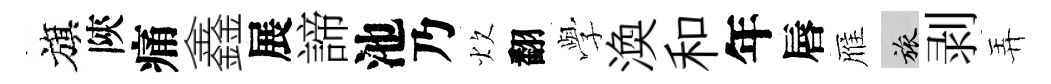
旗陝痛鑫展諦池乃炊翻𫝯渙和年唇雁旅剥弄